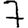
Digit: 7